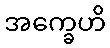
အက္ခေဟိ